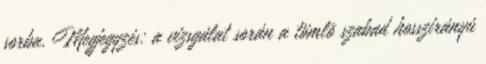
sorba. Megjegyzés: a vizsgálat során a tömlõ szabad hosszirányú